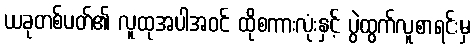
ယခုတစ်ပတ်၏ လူထုအပါအဝင် ထိုစကားလုံးနှင့် ပွဲထွက်လူစာရင်းမှ